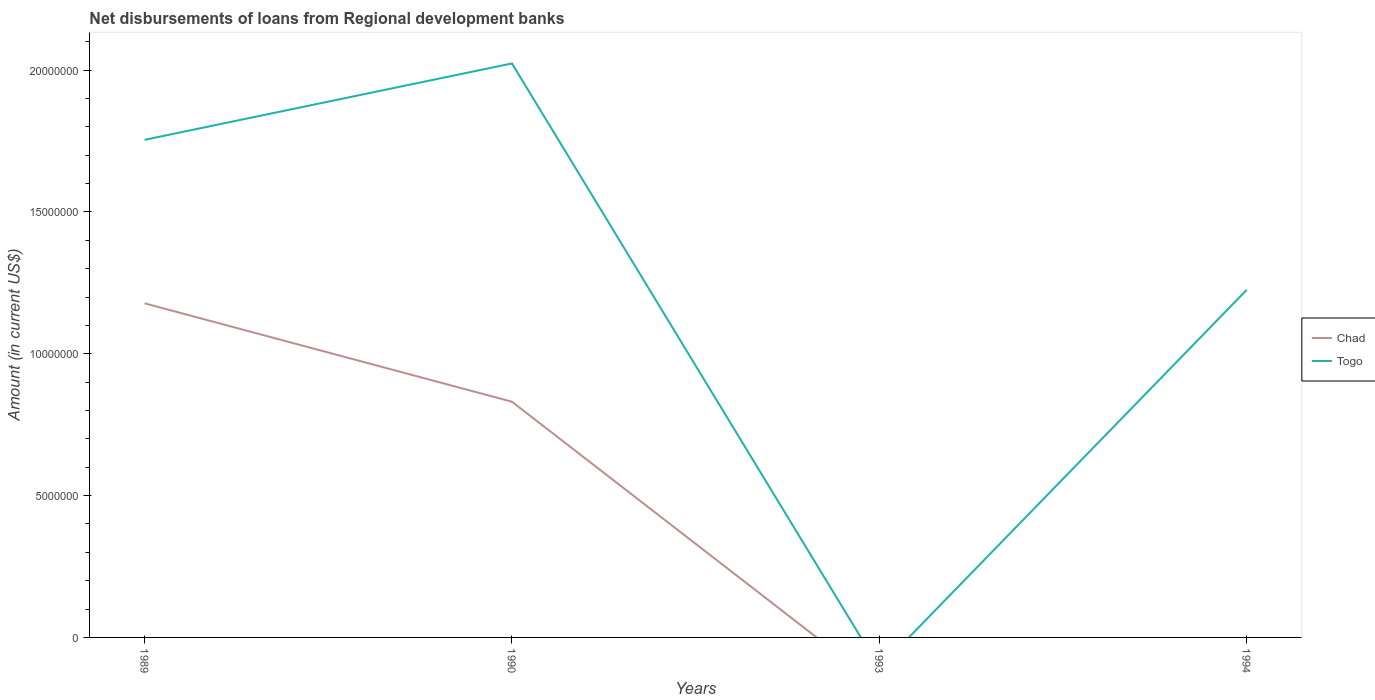
| Years | Chad | Togo |
 | --- | --- | --- |
 | 1989 | 1.18e+07 | 1.75e+07 |
 | 1990 | 8.31e+06 | 2.02e+07 |
 | 1993 | -1.71e+06 | -1.07e+06 |
 | 1994 | -1.75e+06 | 1.23e+07 |